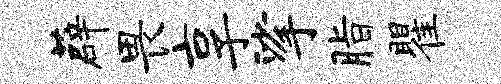
薜畏享挲脂瞿